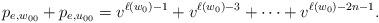
LaTeX: \begin{align*}p_{e,w_{00}}+p_{e,u_{00}}=v^{\ell(w_0)-1}+v^{\ell(w_0)-3}+ \cdots +v^{\ell(w_0)-2n-1}. \end{align*}